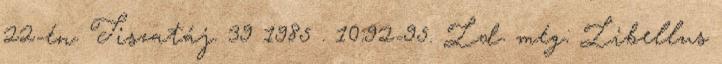
22-én. Tiszatáj. 39 1985 . 10:92-95. Ld. még: Libellus